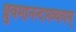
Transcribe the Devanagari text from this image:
ध्रुवमानन्दमव्ययम्